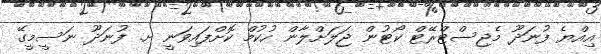
އިއްޔެ ފުނަދޫ މެޖިސްޓްރޭޓް ކޯޓުން ޖަލަށްލާން ހުކުމް ކޮށްފައިވަނީ ށ. ފުނަދޫ ނަސީމީގޭ